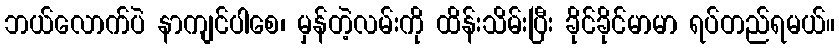
ဘယ်လောက်ပဲ နာကျင်ပါစေ၊ မှန်တဲ့လမ်းကို ထိန်းသိမ်းပြီး ခိုင်ခိုင်မာမာ ရပ်တည်ရမယ်။